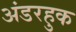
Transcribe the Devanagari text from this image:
अंडरहुक